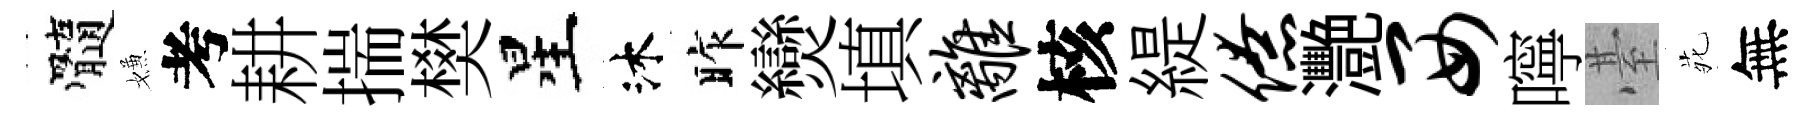
髓嫌考耕揣樊星沐昨𤓖填离核緹僚灧西嚀䑓𫟍無